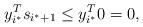
LaTeX: \begin{align*}y_{i^{*}}^{T}s_{i^{*}+1}\leq y_{i^{*}}^{T}0=0,\end{align*}